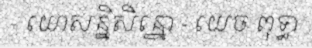
- យោសន្និសិន្នោ - យេច ពុទ្ធា